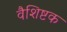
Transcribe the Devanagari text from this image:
वैशिष्टक